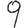
Digit: 9